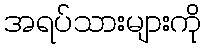
အရပ်သားများကို